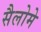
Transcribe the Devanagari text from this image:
सैलोमे